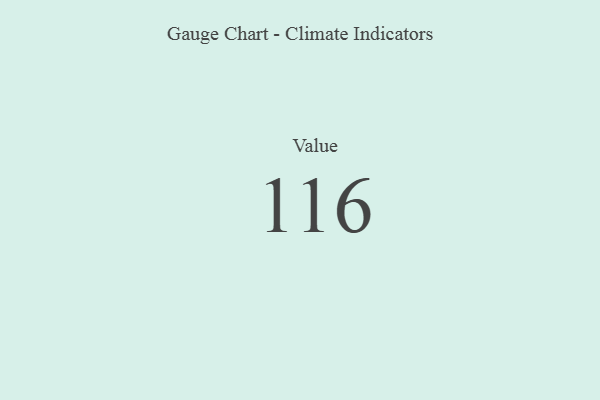
{"axis": {"x": "Metric", "y": "Value"}, "legend": [""], "data": [{"x": "Value", "y": 116, "type": ""}]}